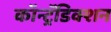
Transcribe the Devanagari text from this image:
कॉन्ट्रॅडिक्शन